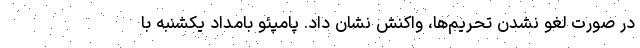
در صورت لغو نشدن تحریم‌ها، واکنش نشان داد. پامپئو بامداد یکشنبه با